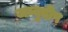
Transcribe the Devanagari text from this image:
जम्बुदीप